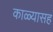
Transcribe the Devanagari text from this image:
काळ्यासह